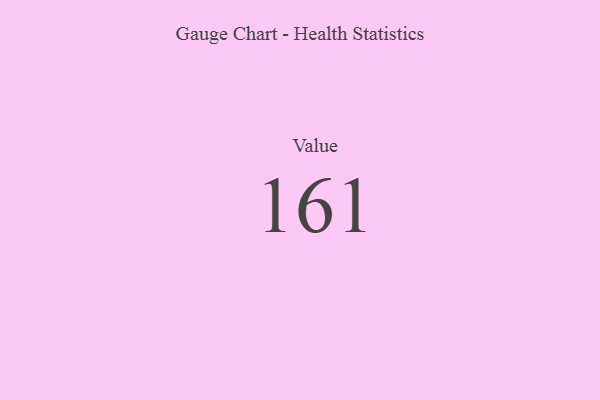
{"axis": {"x": "Metric", "y": "Value"}, "legend": [""], "data": [{"x": "Value", "y": 161, "type": ""}]}